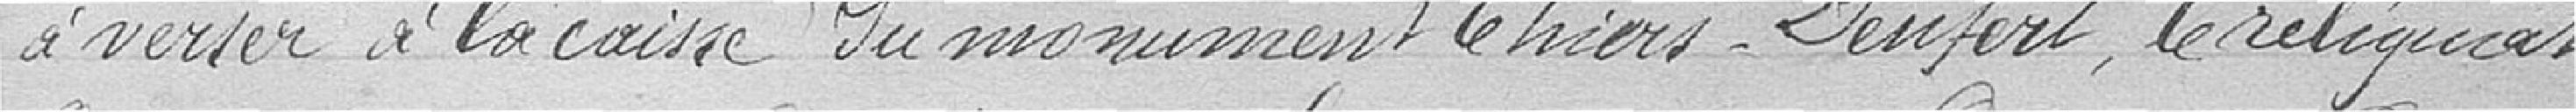
à verser à la caisse du monument Thiers-Denfert, le reliquat